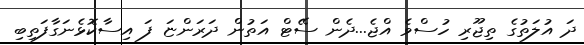
ދަ އުލަތުގެ ތިޖޫރި ހުސްވެ އްޖެ...ދެން ސޭޓް އަތުން ދަރަންޏަ ފަ އިސާކޮޅެނަގާފަތިބި